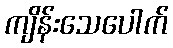
ကျိန်းသေပေါက်